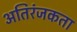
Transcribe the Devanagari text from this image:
अतिरंजकता